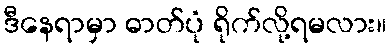
ဒီနေရာမှာ ဓာတ်ပုံ ရိုက်လို့ရမလား။